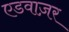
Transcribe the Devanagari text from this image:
एडवाज़र